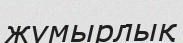
жүмырлық